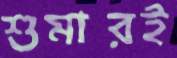
শুমারই